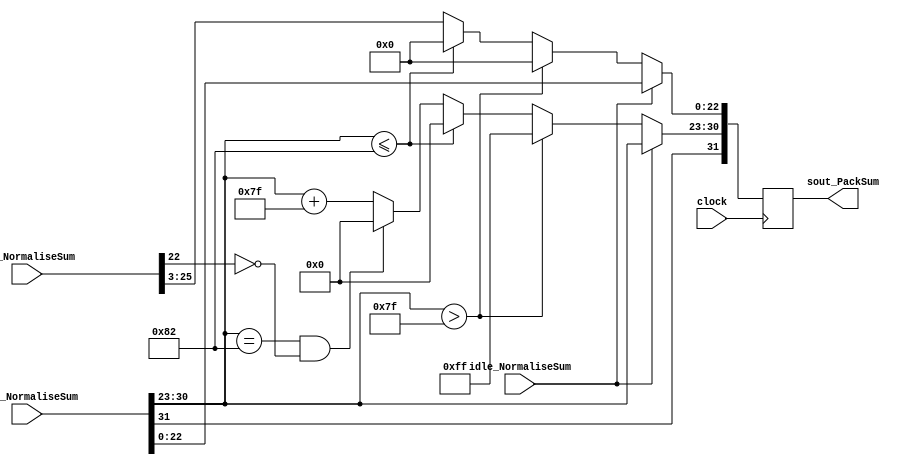
module PackAdder(
	input idle_NormaliseSum,
	input [31:0] sout_NormaliseSum,
	input [27:0] sum_NormaliseSum,
	input clock,
	output reg [31:0] sout_PackSum
   );

parameter no_idle = 1'b0,
			 put_idle = 1'b1;
			 
wire s_sign;
wire [7:0] s_exponent;

assign s_sign = sout_NormaliseSum[31];
assign s_exponent = sout_NormaliseSum[30:23];

always @ (posedge clock)
begin
	
	if (idle_NormaliseSum != put_idle) begin
		sout_PackSum[22:0] <= sum_NormaliseSum[25:3];
		sout_PackSum[30:23] <= s_exponent + 127;
		sout_PackSum[31] <= s_sign;
      if ($signed(s_exponent) == -126 && sum_NormaliseSum[22] == 0) begin
         sout_PackSum[30 : 23] <= 0;
      end
		  
		if ($signed(s_exponent) <= -126) begin
			sout_PackSum[30 : 23] <= 0;
			sout_PackSum[22:0] <= 0;
		end
		  
        //if overflow occurs, return inf
      if ($signed(s_exponent) > 127) begin
         sout_PackSum[22 : 0] <= 0;
         sout_PackSum[30 : 23] <= 255;
         sout_PackSum[31] <= s_sign;
      end		
	end
	
	else begin
		sout_PackSum <= sout_NormaliseSum;
	end
end

endmodule